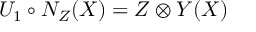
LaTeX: U _ { 1 } \circ N _ { Z } ( X ) = Z \otimes Y ( X )